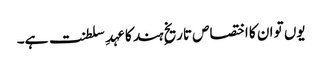
یوں تو ان کا اختصاص تاریخِ ہند کا عہدِ سلطنت ہے۔